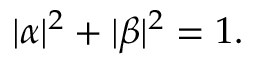
| \alpha | ^ { 2 } + | \beta | ^ { 2 } = 1 .